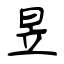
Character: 昱